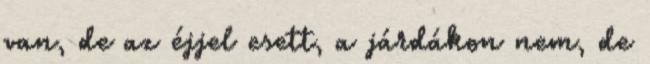
van, de az éjjel esett, a járdákon nem, de